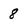
Character: 8